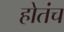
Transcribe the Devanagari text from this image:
होतंच